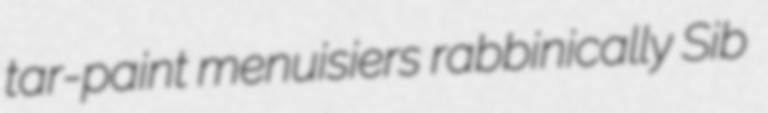
tar-paint menuisiers rabbinically Sib